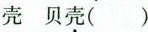
壳 贝壳( )